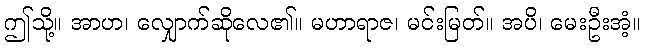
ဤသို့။ အာဟ၊ လျှောက်ဆိုလေ၏။ မဟာရာဇ၊ မင်းမြတ်။ အပိ၊ မေးဦးအံ့။